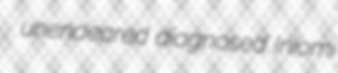
unendeared diagnosed Iniomi